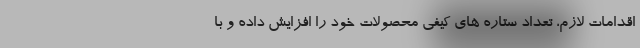
اقدامات لازم، تعداد ستاره های کیفی محصولات خود را افزایش داده و با